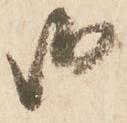
御